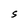
Character: S